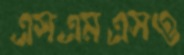
এসএমএসও